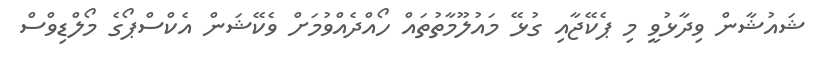
ޝައުޝާން ވިދާޅުވީ މި ޕެކޭޖާއި ގުޅޭ މައުލޫމާތުތައް ހޯއްދެއްވުމަށް ވެކޭޝަން އެކްސްޕޯގެ މޯލްޑިވްސް